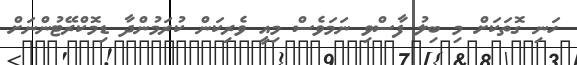
ހަނި ގޮތަކަށް މި ބިލު ފާސްވި ނަމަވެސް މިއީ ވެރިކަން ކުރަމުންދާ ޑިމޮކްރޭޓުންނަށް